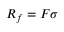
R _ { f } = F \sigma